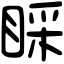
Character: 睬